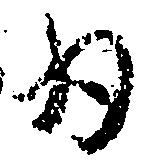
為